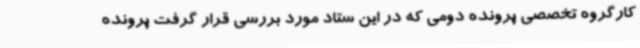
کارگروه تخصصی پرونده دومی که در این ستاد مورد بررسی قرار گرفت پرونده